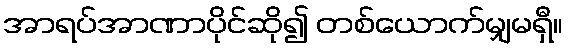
အာရပ်အာဏာပိုင်ဆို၍ တစ်ယောက်မျှမရှီ။